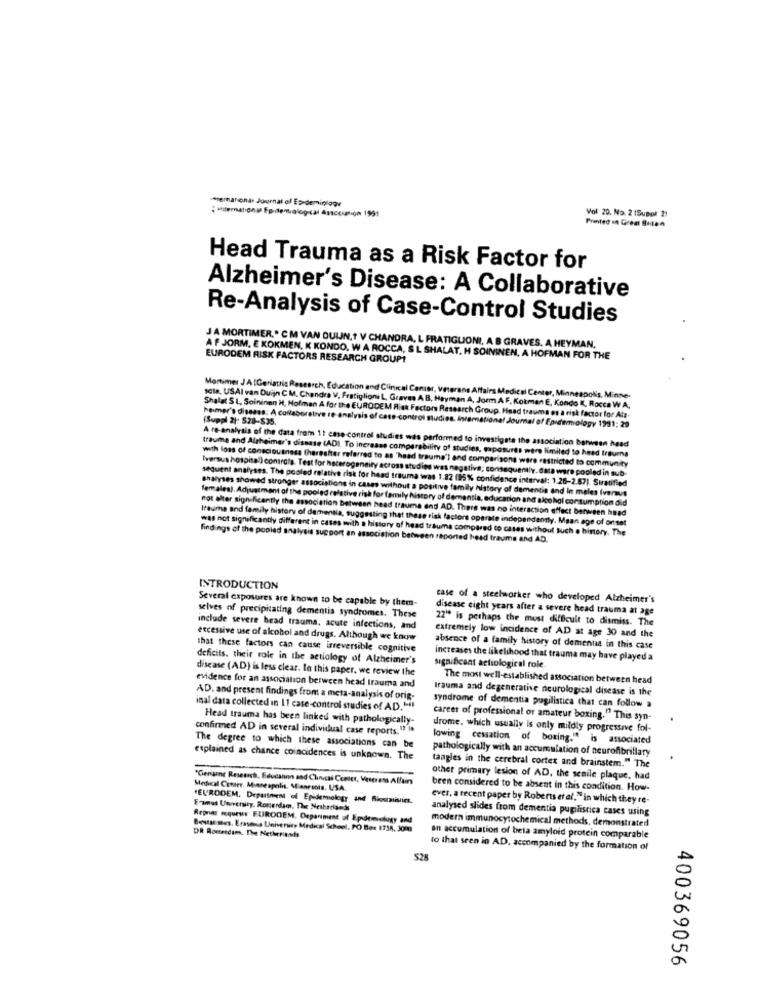
temanonat Journal of Essdemioloow
Vol 20. No. 2 (Suppl 21
Printed In Great Biten
Head Trauma as a Risk Factor for
Alzheimer's Disease: A Collaborative
Re-Analysis of Case-Control Studies
JA MORTIMER .. CM VAN DUIJN ,? V CHANDRA, L FRATIGLIONI, A B GRAVES, A HEYMAN,
A F JORM. E KOKMEN, K KONDO. W A ROCCA, S L SHALAT. H SOININEN, A HOFMAN FOR THE
EURODEM RISK FACTORS RESEARCH GROUP!
Mortimer JA [Geriatric Research, Education and Clinical Center, Veterans Affairs Medical Center, Minneapolis, Minte.
scia, USAI van Duijn CM. Chandra V. Pratiglioni L, Graves
(Suppl 2): 528-$35.
Shalat SL, Soininen H, Hofman A for the EURODEM Risk Factors Research Group. Head trauma es a risk factor for Atz.
heimer's disease: A collaborative re-analysis of cass-control Budies. Intemationet Journal of Epidemiology 1991: 29
A re-analysis of the data from 11 case-control studies was performed to investigate the association between head
trauma and Alzheimer's disease (ADI. To increase comparability of studies, exposures were limited to head trauma
with loss of consciousness Cheresher referred to as 'head trauma"l and comparisons were restricted to community
Iversus hospital) contrats. Test for heterogeneity across studies was negativa; consequently. data ware pooled in sub-
sequent analyses. The pooled relative risk for head trauma was 1.82 (95% confidence interval: 1.26-2.67). Siratified
shalyses showed stronger associations in cases without a positive family history of dementia and in meles (veraus
females). Adjustment of the pooled relative risk for family history of dementia, education and alcohol consumption did
not alter significantly the association between head traume and AD. There was no interaction effect between head
trauma and family history of dementia, suggesting that these risk factors operate independently. Mean age of orset
was not significantly different in cases with a history of head trauma compared to cases without such o history, The
findings of the poplad analysis support an association between reported head traums and AD.
INTRODUCTION
Several exposures are known to be capable by them-
case of a steelworker who developed Alzheimer's
disease eight years after a severe head trauma at age
selves of precipitating dementia syndromes. These
22" is perhaps the most difficult to dismiss. The
include severe bead trauma, acute infections, and
excessive use of alcohol and drugs. Although we know
Extremely low incidence of AD at age 30 and the
that these factors can cause irreversible cognitive
absence of a family history of dementaa in this case
deficits. their role in the aetiology of Alzheimer's
increases the likelihood that trauma may have played a
disease (AD) is less clear. In this paper, we review the
significant actiological role.
The most well-established association between head
evidence for an association between head trauma and
Irauma and degenerative neurological disease is the
AD, and present findings from a meta-analysis of orig-
inal data collected in 11 case-control studies of AD." !!
syndrome of dementia pugilistica that can follow a
Head trauma has been linked with pathologically-
career of professional or amateur boxing." This syn-
confirmed AD in several individual case reports.13 in
drome, which usually is only mildly progressive fol-
lowing cessation of boxing." is associated
The degree to which these associations can be
pathologically with an accumulation of neurofibrillary
explained as chance coincidences is unknown. The
tangles in the cerebral cortex and brainstem." The
"Cierisine Research, Educanno and Clinical Center, Veseram Affair
other primary lesion of AD, the senile plaque, had
Medical Center, Minneapolis, Minnesota. USA.
been considered to be absent in this condition. How-
"EURODEM. Department of Epidemiology and Bioumivins,
ever, a recent paper by Roberts et al." in which they re-
E-imus Uwrenity. Roterdam, The Netherlands
analysed slides from dementia pugilistica cases using
Regnes ecqurus FUIRODEM. Depaniment of Epidemiclugy and
modern immunocytochemical methods, demonstrated
Beste ses. Erasmus University Medical School. PO Box 1738, 300
DR Rocterdam, The Netherlands
an accumulation of beta amyloid protein comparable
to that seen in AD, accompanied by the formation of
528
400369056